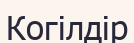
Когілдір